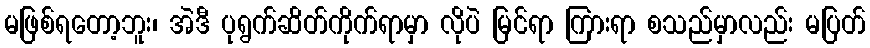
မဖြစ်ရတော့ဘူး၊ အဲဒီ ပုရွက်ဆိတ်ကိုက်ရာမှာ လိုပဲ မြင်ရာ ကြားရာ စသည်မှာလည်း မပြတ်